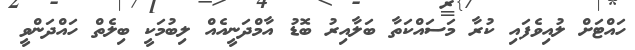
ހައްޓަށް ލުއިވެފައި ކުރާ މަސައްކަތާ ބަލާއިރު ބޮޑު އާމްދަނީއެއް ލިބުމަކީ ބިލެތް ހައްދަންވީ